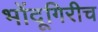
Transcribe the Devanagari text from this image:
भोंदूगिरीच